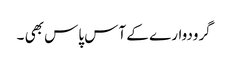
گرودوار ے کے آس پاس بھی ۔